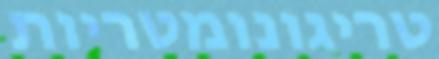
טריגונומטריות